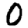
Digit: 0